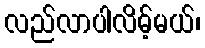
လည်လာပါလိမ့်မယ်၊